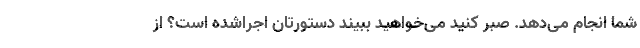
شما انجام می‌دهد. صبر کنید می‌خواهید ببیند دستورتان اجراشده است؟ از